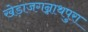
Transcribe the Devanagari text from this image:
खेड़ाजगन्नाथपुरा